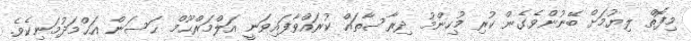
މިފޮތް ލިޔުމަށް ބޭނުންވެގެން ކުރި މުހިންމު ދިރާސާތައް ކުރައްވާފައިވަނީ އަލްމަރްޙޫމް ޙަސަން އަޙްމަދުމަނިކެވެ.